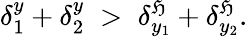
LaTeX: \delta_{1}^{y}+\delta_{2}^{y}\; >\; \delta_{y_{1}}^{\mathfrak{H}}+\delta_{y_{2}}^{\mathfrak{H}}.